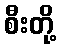
စီးတို့